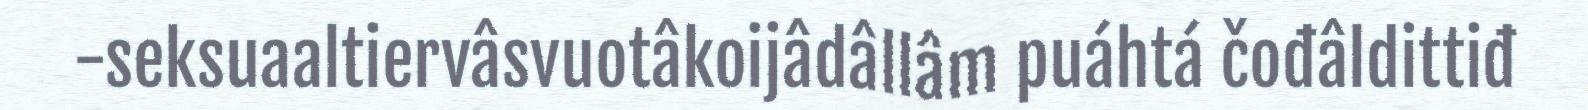
-seksuaaltiervâsvuotâkoijâdâllâm puáhtá čođâldittiđ